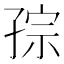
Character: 孮